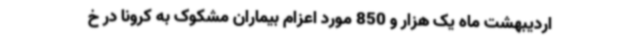
اردیبهشت ماه یک هزار و 850 مورد اعزام بیماران مشکوک به کرونا در خ